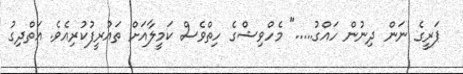
ޕަރީގެ ނަން ދިނުން ހައްގު....." މެހްވިޝްގެ ހިތްވެސް ކަމީލާއަށް ތައުރީފުކުރިއެވެ. އަތްދިގު